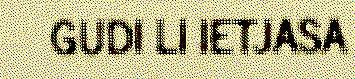
GUDI LI IETJASA